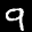
Label: 9